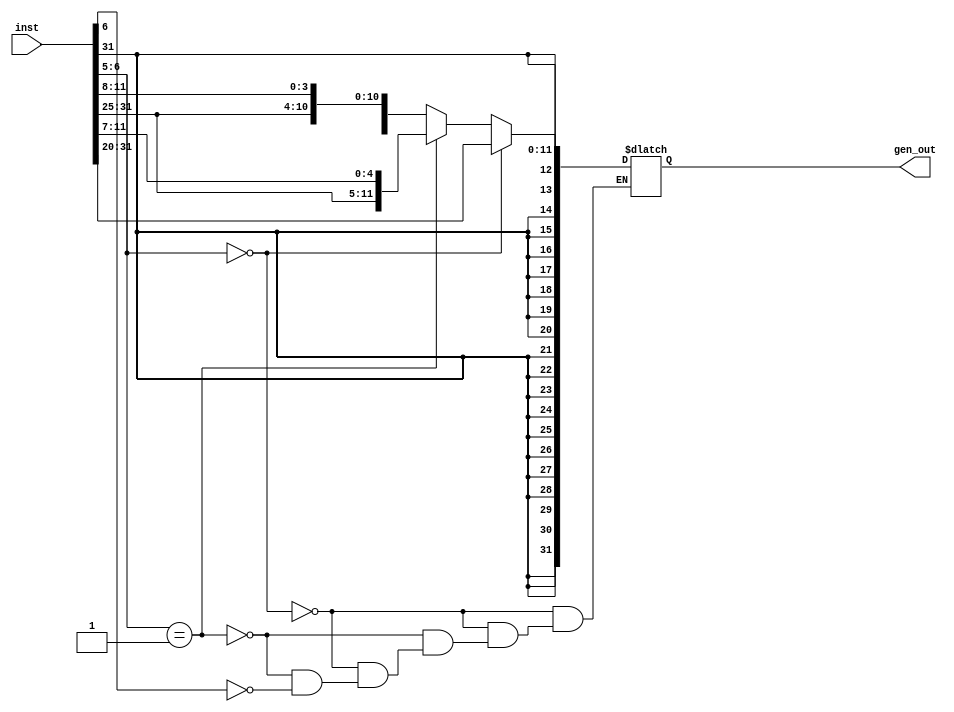
`timescale 1ns / 1ps
//////////////////////////////////////////////////////////////////////////////////
// Company: 
// Engineer: 
// 
// Design Name: 
// Module Name: ImmGen
// Project Name: 
// Target Devices: 
// Tool Versions: 
// Description: 
// 
// Dependencies: 
// 
// Revision:
// Revision 0.01 - File Created
// Additional Comments:
// 
//////////////////////////////////////////////////////////////////////////////////


module ImmGen(output reg [31:0] gen_out, input [31:0] inst);
    always @ (*) begin 
        if (inst[6:5] == 2'b00) begin 
            gen_out = {{20{inst[31]}} , inst[31:20] } ;
        end
        else if (inst[6:5] == 2'b01) begin 
            gen_out = {{20{inst[31]}} , inst[31:25], inst[11:7]} ;
        end 
        else if (inst[6] == 1'b1) begin 
            gen_out = {{20{inst[31]}} , inst [7], inst[31:25], inst[11:8]} ;
        end 
    end 
endmodule